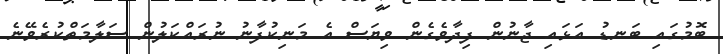
ބޮމުގައި ބަނޑު އަޅައި ޖާނުން ފިދާވެގެން ވިޔަސް އެ މަނިކުފާނު ނުރައްކަލުން ސަލާމަތްކުރެވޭނެ